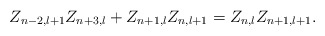
\begin{align*}Z_{n-2,l+1}Z_{n+3,l}+Z_{n+1,l}Z_{n,l+1}=Z_{n,l}Z_{n+1,l+1}.\end{align*}